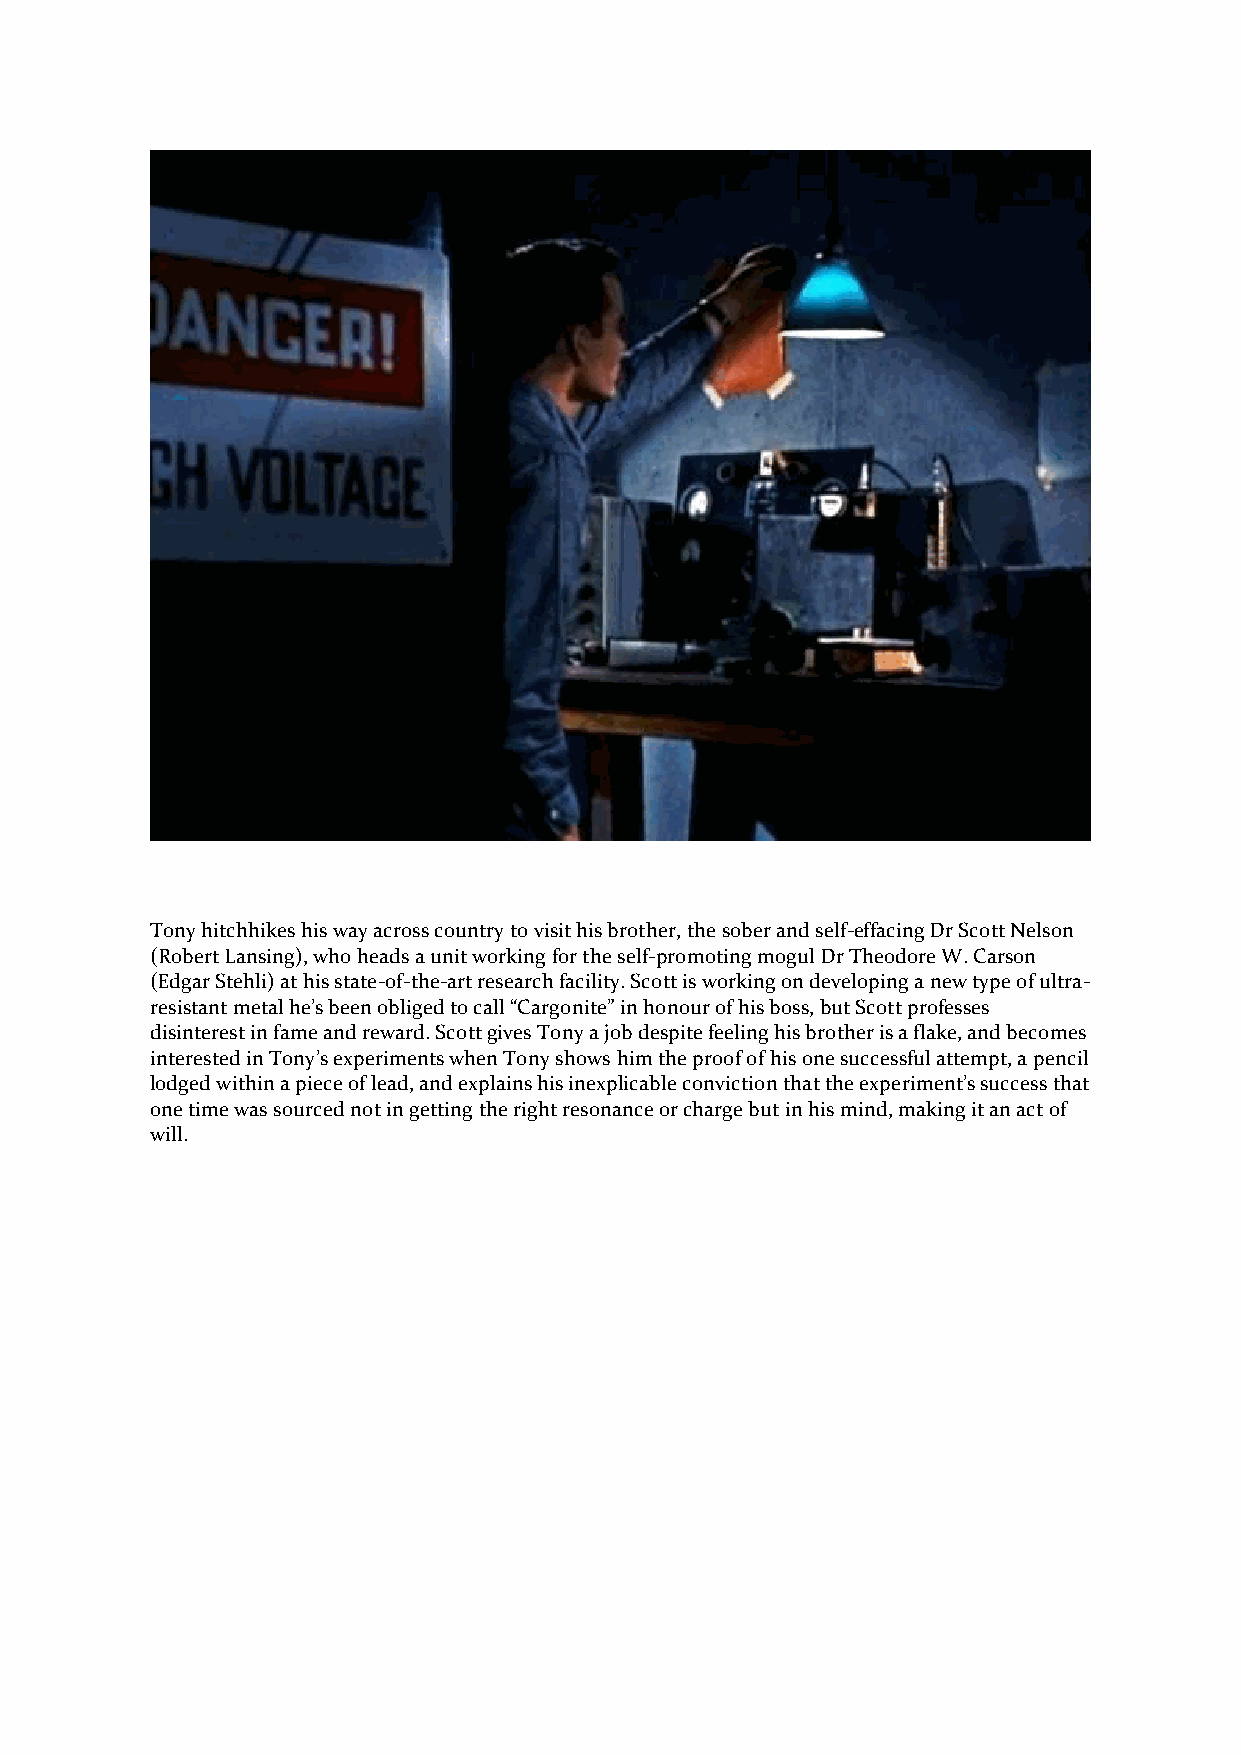
Tony hitchhikes his way across country to visit his brother, the sober and self-effacing Dr Scott Nelson
 (Robert Lansing), who heads a unit working for the self-promoting mogul Dr Theodore W. Carson
 (Edgar Stehli) at his state-of-the-art research facility. Scott is working on developing a new type of ultra-
 resistant metal he’s been obliged to call “Cargonite” in honour of his boss, but Scott professes
 disinterest in fame and reward. Scott gives Tony a job despite feeling his brother is a flake, and becomes
 interested in Tony’s experiments when Tony shows him the proof of his one successful attempt, a pencil
 lodged within a piece of lead, and explains his inexplicable conviction that the experiment’s success that
 one time was sourced not in getting the right resonance or charge but in his mind, making it an act of
 will.